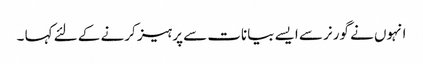
انہوں نے گورنر سے ایسے بیانات سے پرہیز کرنے کے لئے کہا ۔